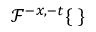
\mathcal { F } ^ { - x , - t } \{ \ \}